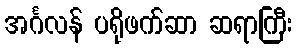
အင်္ဂလန် ပရိုဖက်ဆာ ဆရာကြီး